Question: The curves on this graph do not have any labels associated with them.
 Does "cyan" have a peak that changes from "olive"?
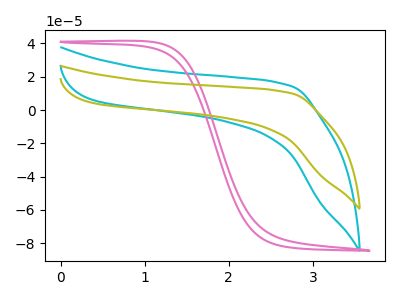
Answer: <think>The cyan curve "cyan" has no peaks. The pink curve "pink" has no peaks. The olive curve "olive" has no peaks.
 Neither "cyan" or "olive" have any peaks.</think>
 <answer>No, "cyan" and "olive" don't appear to be significantly different in shape</answer>
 <eval>no_change</eval>